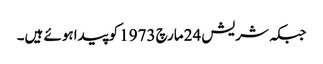
جبکہ شریش 24مارچ 1973 کوپیداہوئے ہیں۔